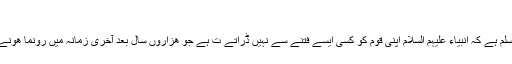
"
یہ بات مسلم ہے كہ انبیاء علیہم السلام اپنی قوم كو كسی ایسے فتنے سے نہیں ڈراتے ت ہے جو ھزاروں سال بعد آخری زمانہ میں رونما ھونے والا ھو۔